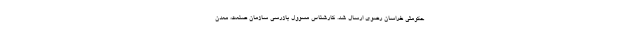
حکومتی خراسان رضوی ارسال شد. کارشناس مسوول بازرسی سازمان صنعت، معدن